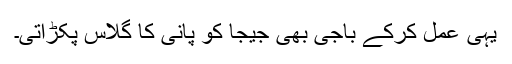
یہی عمل کرکے باجی بھی جیجا کو پانی کا گلاس پکڑاتی۔